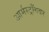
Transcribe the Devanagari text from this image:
आर्मस्ट्राँगवर